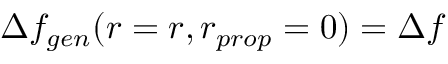
\Delta f _ { g e n } ( r = r , r _ { p r o p } = 0 ) = \Delta f